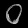
Digit: ၀